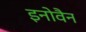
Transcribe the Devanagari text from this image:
इनोवैन